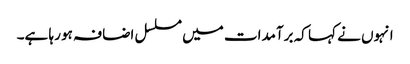
انہوں نے کہا کہ برآمدات میں مسلسل اضافہ ہو رہا ہے۔